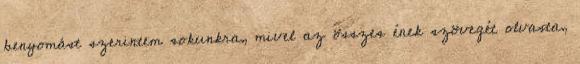
benyomást szerintem sokunkra, mivel az összes ének szövegét olvasta,